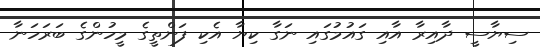
ސިޔާސީ ދާއިރާ އާއި ގައުމުގައި ނަގާ ކިޔާ އެކި ފަންތީގެ މީހުންގެ ބަރަހަނާ